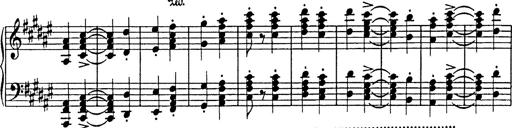
Title: Hungarian Rhapsody No.18
Composer: Franz Liszt
Key: F-sharp minor